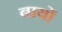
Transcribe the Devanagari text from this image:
बायों